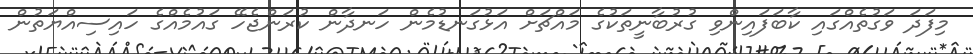
މިފަދަ ވަގުތެއްގައި ކާބަފައިންވި ގުރުބާނީތަކުގެ މައްޗަށް އަޅުގަނޑުމެން ހަނދާން ކުރަންޖެހޭ ގައުމެއްގެ ހައިސިއްޔަތުން